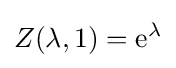
Z(\lambda ,1)=\mathrm {e} ^{\lambda }